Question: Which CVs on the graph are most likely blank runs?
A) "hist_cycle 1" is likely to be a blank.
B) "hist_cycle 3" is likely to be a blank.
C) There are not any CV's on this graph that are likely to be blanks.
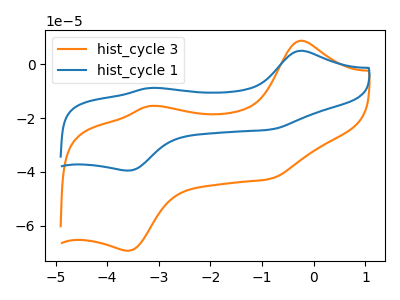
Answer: <think>The orange curve "hist_cycle 3" has anodic peaks at (-0.25V, 8.65uA) (-3.20V, -15.55uA) and cathodic peaks at (-0.85V, -42.60uA) (-3.60V, -69.25uA). The blue curve "hist_cycle 1" has anodic peaks at (-0.25V, 4.95uA) (-3.20V, -8.90uA) and cathodic peaks at (-0.85V, -24.30uA) (-3.60V, -39.50uA).</think>
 <answer>C) There are not any CV's on this graph that are likely to be blanks.</answer>
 <eval>C</eval>